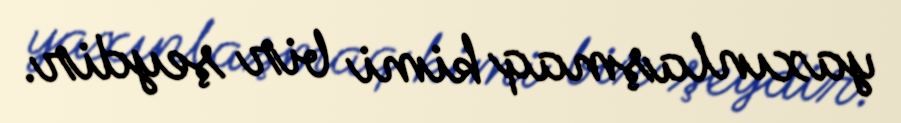
yaxınlaşmaq kimi bir şeydir.